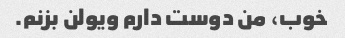
خوب، من دوست دارم ویولن بزنم.